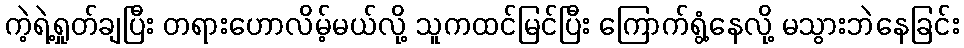
ကဲ့ရဲ့ရှုတ်ချပြီး တရားဟောလိမ့်မယ်လို့ သူကထင်မြင်ပြီး ကြောက်ရွံ့နေလို့ မသွားဘဲနေခြင်း